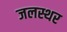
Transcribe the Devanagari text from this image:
जलस्थर